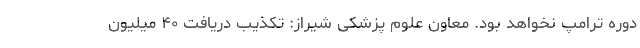
دوره ترامپ نخواهد بود. معاون علوم پزشکی شیراز: تکذیب دریافت ۴۰ میلیون